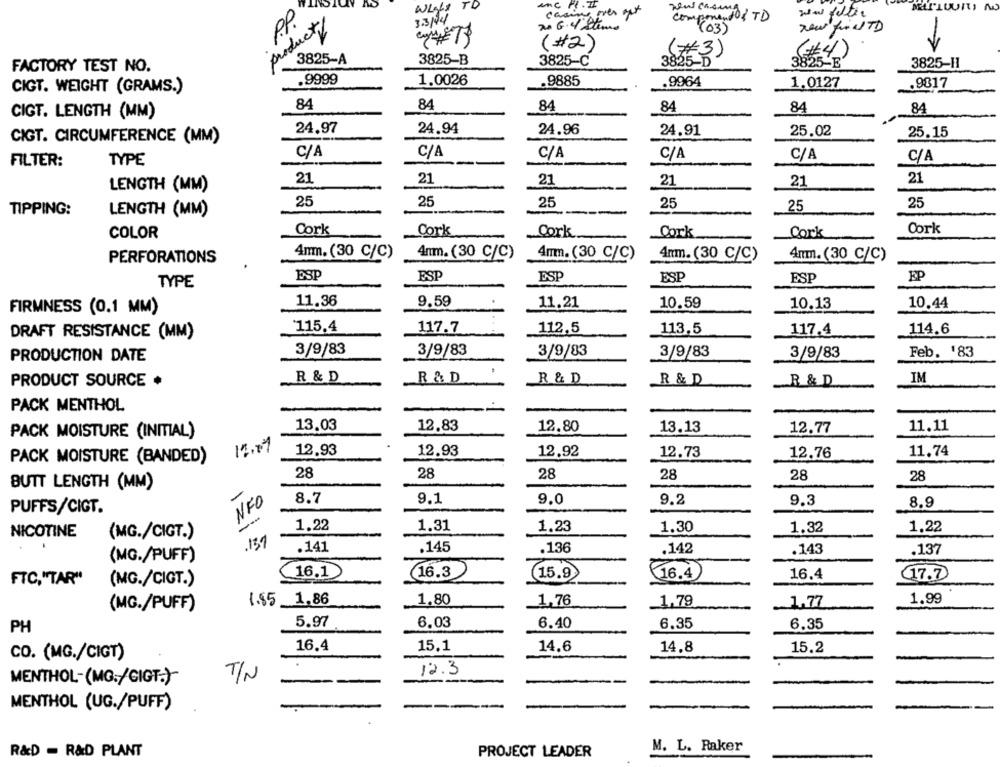
Wight TO
MUTLUUITS NO
PP
3.3/44
casi
componendo & TD
product/
no G.4/ Stems
(03)
(#2)
(#3)
3825-A
3825-B
3825-C
3825-D
3825-E
FACTORY TEST NO.
3825-H1
.9999
1.0026
.9885
.9964
1.0127
.9817
CIGT. WEIGHT (GRAMS.)
84
84
84
84
84
CIGT. LENGTH (MM)
84
24.97
24.94
24.96
24.91
25.02
CIGT. CIRCUMFERENCE (MM)
25.15
C/A
C/A
C/A
C/A
C/A
C/A
FILTER:
TYPE
21
21
21
21
21
21
LENGTH (MM)
25
25
25
25
25
25
TIPPING:
LENGTH (MM)
Cork
Cork
COLOR
Cork
Cork
Cork
Cork
Anm. (30 C/C)
4nm. (30 C/C)
PERFORATIONS
4mm. (30 C/C)
4nm. (30 C/C)
4mm.(30 C/C)
ESP
ESP
ESP
EP
TYPE
ESP
FSP
11.36
9.59
11.21
10.59
10.13
10.44
FIRMNESS (0.1 MM)
115.4
117.7
112,5
113.5
117.4
114.6
DRAFT RESISTANCE (MM)
3/9/83
3/9/83
3/9/83
3/9/83
3/9/83
Feb. '83
PRODUCTION DATE
PRODUCT SOURCE ·
R & D
R & D
R & D
R & D
R & D
IM
PACK MENTHOL
13.03
12,83
12.80
13.13
12.77
11.11
PACK MOISTURE (INITIAL)
17.09
12.93
12.93
12.92
11.74
PACK MOISTURE (BANDED)
12.73
12.76
28
28
28
28
28
28
BUTT LENGTH (MM)
-
NFO
8.7
9.1
9.0
9.2
9.3
8.9
PUFFS/CIGT.
--
1.22
1.31
1.23
1.30
1.32
1.22
NICOTINE
(MG./CIGT.)
.137
.141
.145
.136
.142
.143
.137
(MG./PUFF)
16.1
16.3
15.9
16.4
16.4
17.7
FTC,"TAR"
(MG./CIGT.)
(MG./PUFF)
1.85 1,86
1.80
1,76
1,79
1.77
1.99
PH
5.97
6.03
6.40
6.35
6.35
16.4
15.1
14.6
14.8
15.2
CO. (MG./CIGT)
TIN
12.3
MENTHOL-(MG:/GIGT.)
MENTHOL (UG./PUFF)
M. L. Raker
R&D = R&D PLANT
PROJECT LEADER